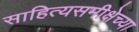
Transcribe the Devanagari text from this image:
साहित्यसमीक्षेच्या